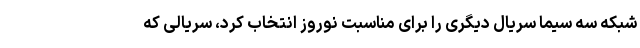
شبکه سه سیما سریال دیگری را برای مناسبت نوروز انتخاب کرد، سریالی که